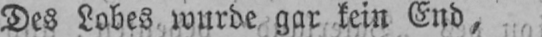
Des Lobes wurde gar kein End,